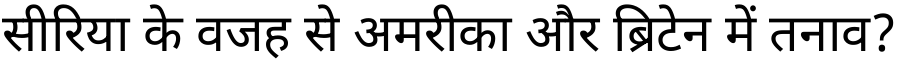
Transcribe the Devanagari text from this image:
सीरिया के वजह से अमरीका और ब्रिटेन में तनाव?